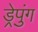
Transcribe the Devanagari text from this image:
ड्रेपुंग